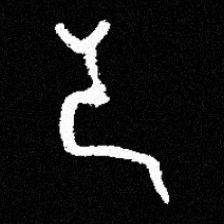
Pyu character \u2014 Myanmar letter: ဒ (romanized: da)